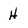
Character: H